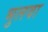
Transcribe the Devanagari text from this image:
भुलवा